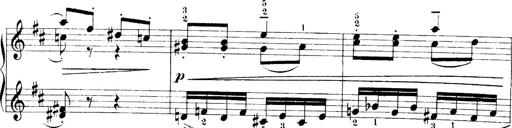
Title: 4 Sonatines
Composer: Max Reger